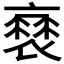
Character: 𧜸